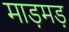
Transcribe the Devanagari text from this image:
माड़मड़